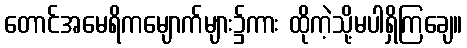
တောင်အမေရိကမျောက်များ၌ကား ထိုကဲ့သို့မပါရှိကြချေ။